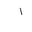
Letter: _alif